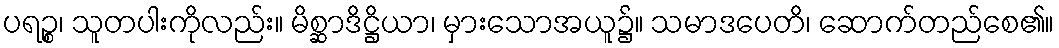
ပရဉ္စ၊ သူတပါးကိုလည်း။ မိစ္ဆာဒိဋ္ဌိယာ၊ မှားသောအယူ၌။ သမာဒပေတိ၊ ဆောက်တည်စေ၏။